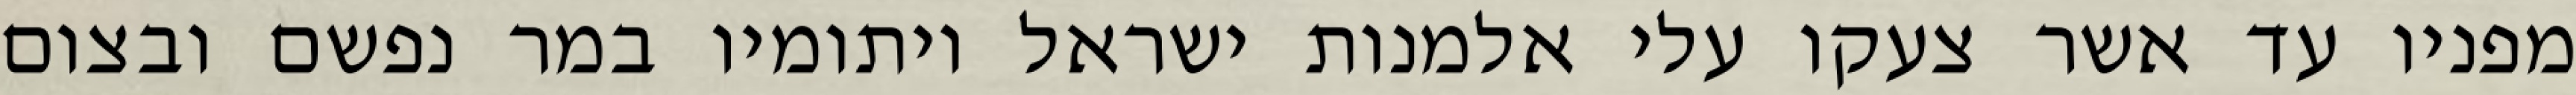
מפניו עד אשר צעקו עלי אלמנות ישראל ויתומיו במר נפשם ובצום